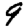
Digit: 9